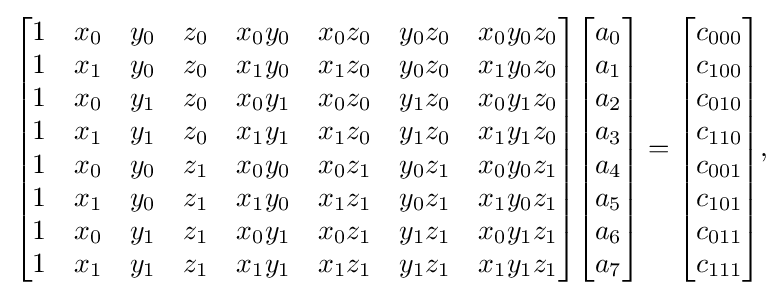
{\begin{aligned}{\begin{bmatrix}1&x_{0}&y_{0}&z_{0}&x_{0}y_{0}&x_{0}z_{0}&y_{0}z_{0}&x_{0}y_{0}z_{0}\\1&x_{1}&y_{0}&z_{0}&x_{1}y_{0}&x_{1}z_{0}&y_{0}z_{0}&x_{1}y_{0}z_{0}\\1&x_{0}&y_{1}&z_{0}&x_{0}y_{1}&x_{0}z_{0}&y_{1}z_{0}&x_{0}y_{1}z_{0}\\1&x_{1}&y_{1}&z_{0}&x_{1}y_{1}&x_{1}z_{0}&y_{1}z_{0}&x_{1}y_{1}z_{0}\\1&x_{0}&y_{0}&z_{1}&x_{0}y_{0}&x_{0}z_{1}&y_{0}z_{1}&x_{0}y_{0}z_{1}\\1&x_{1}&y_{0}&z_{1}&x_{1}y_{0}&x_{1}z_{1}&y_{0}z_{1}&x_{1}y_{0}z_{1}\\1&x_{0}&y_{1}&z_{1}&x_{0}y_{1}&x_{0}z_{1}&y_{1}z_{1}&x_{0}y_{1}z_{1}\\1&x_{1}&y_{1}&z_{1}&x_{1}y_{1}&x_{1}z_{1}&y_{1}z_{1}&x_{1}y_{1}z_{1}\end{bmatrix}}{\begin{bmatrix}a_{0}\\a_{1}\\a_{2}\\a_{3}\\a_{4}\\a_{5}\\a_{6}\\a_{7}\end{bmatrix}}={\begin{bmatrix}c_{000}\\c_{100}\\c_{010}\\c_{110}\\c_{001}\\c_{101}\\c_{011}\\c_{111}\end{bmatrix}},\end{aligned}}